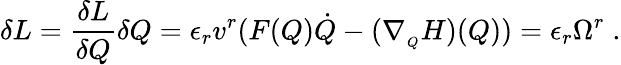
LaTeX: \delta L=\frac{\delta L}{\delta Q}\delta Q=\epsilon_{r}v^{r}(F(Q)\dot{Q}-(\nabla_{_Q}H)(Q))=\epsilon_{r}\Omega^{r}\; .